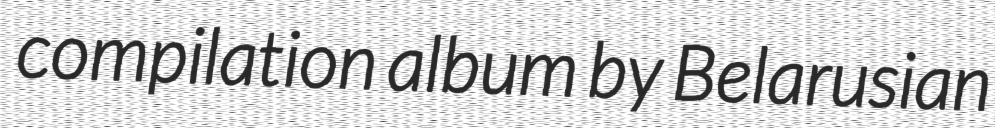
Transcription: compilation album by Belarusian